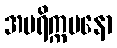
အပရိက္ကမနော